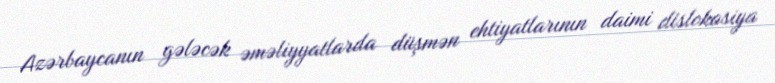
Azərbaycanın gələcək əməliyyatlarda düşmən ehtiyatlarının daimi dislokasiya